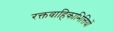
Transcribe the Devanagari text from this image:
रक्तवाहिकाभित्तियों